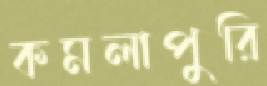
কমলাপুরি